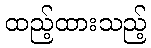
ထည့်ထားသည့်